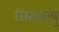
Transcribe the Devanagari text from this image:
जितमन्यु